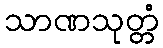
သာဏသုတ္တံ